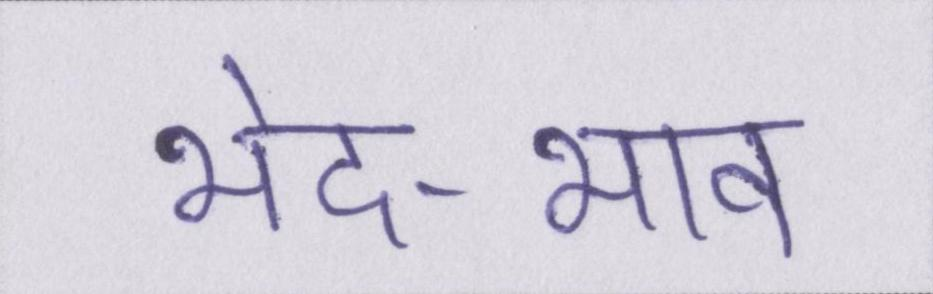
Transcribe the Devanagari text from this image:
भेद-भाव